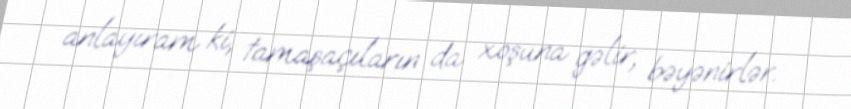
anlayıram ki, tamaşaçıların da xoşuna gəlir, bəyənirlər.